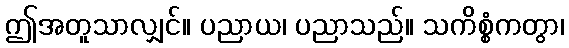
ဤအတူသာလျှင်။ ပညာယ၊ ပညာသည်။ သကိစ္စံကတွာ၊